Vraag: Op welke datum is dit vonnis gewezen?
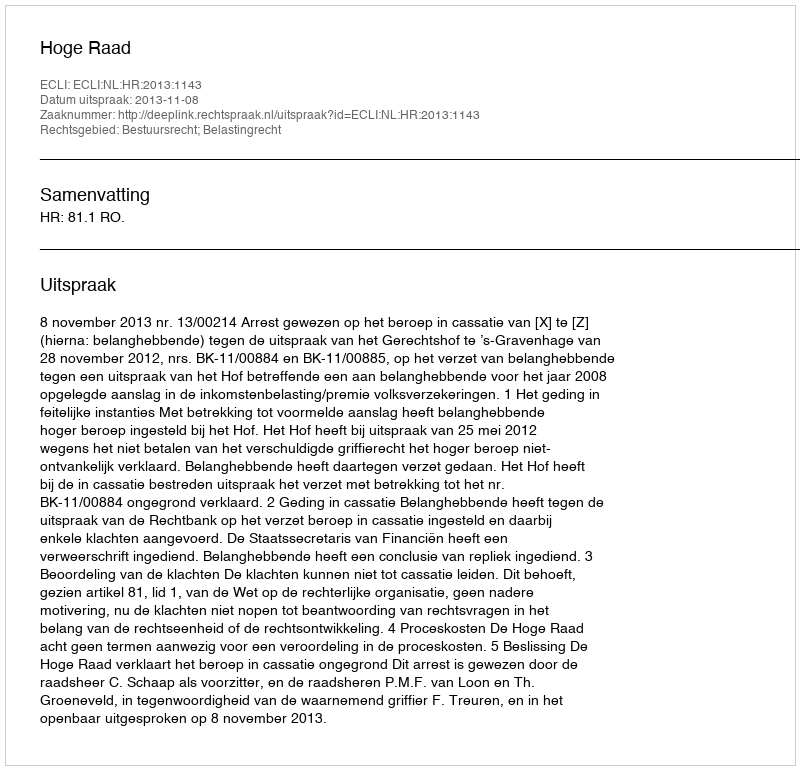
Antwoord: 2013-11-08